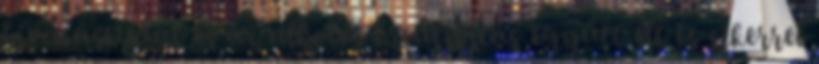
hivatástudat és az alkotói kreativitás együtt élt és sikerrel